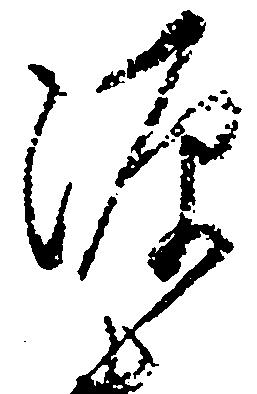
源